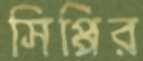
সিপ্পির